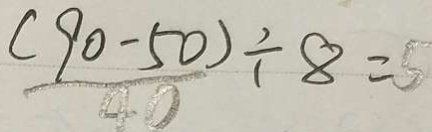
\frac { ( 9 0 - 5 0 ) } { 4 0 } \div 8 = 5